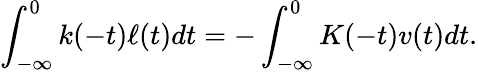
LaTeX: \int_{-\infty}^{0}k(-t)\ell(t)dt=-\int_{-\infty}^{0}K(-t)v(t)dt.